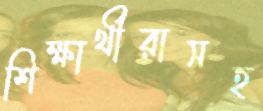
শিক্ষার্থীরাসহ